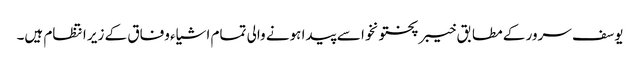
یوسف سرور کے مطابق خیبر پختونخوا سے پیدا ہونے والی تمام اشیاء وفاق کے زیر انتظام ہیں۔